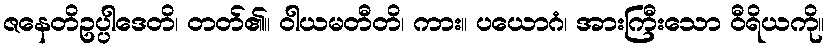
ဇနေတိဥပ္ပါဒေတိ၊ တတ်၏။ ဝါယမတီတိ၊ ကား။ ပယောဂံ၊ အားကြီးသော ဝီရိယကို။